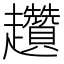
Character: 趲